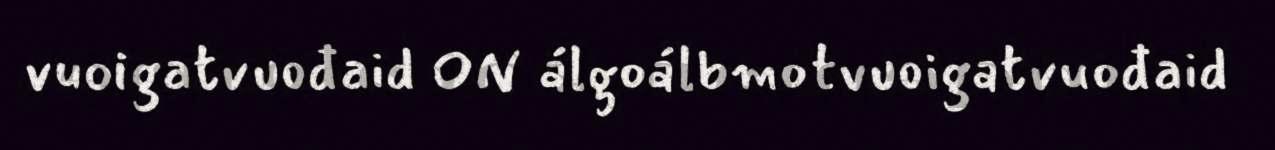
vuoigatvuođaid ON álgoálbmotvuoigatvuođaid